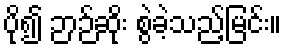
ပို၍ ဉာဉ်ဆိုး စွဲခဲ့သည့်မြင်း။